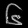
Digit: ၆